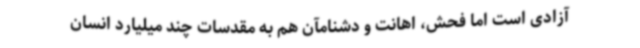
آزادی است اما فحش، اهانت و دشنامآن هم به مقدسات چند میلیارد انسان